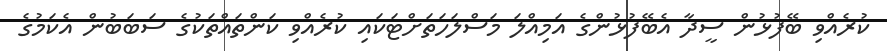
ކުރެއްވި ބޭފުޅުން ސީދާ އެބޭފުޅުންގެ އަމިއްލަ މަސްލަހަތަށްޓަކައި ކުރެއްވި ކަންތައްތަކުގެ ސަބަބުން އެކަމުގެ